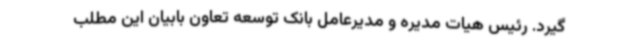
گیرد. رئیس هیات مدیره و مدیرعامل بانک توسعه تعاون بابیان این مطلب